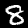
Label: 8